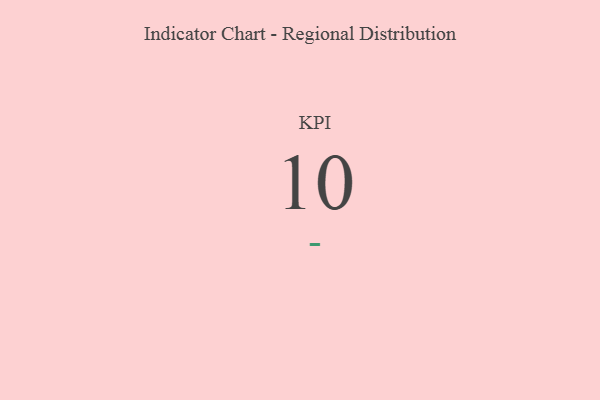
{"axis": {"x": "KPI", "y": "Value"}, "legend": [""], "data": [{"x": "KPI", "y": 10, "type": ""}]}